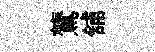
鷟舖